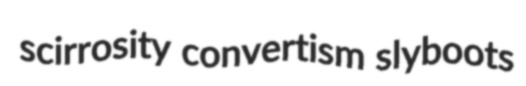
scirrosity convertism slyboots